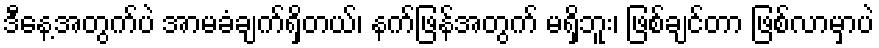
ဒီနေ့အတွက်ပဲ အာမခံချက်ရှိတယ်၊ နက်ဖြန်အတွက် မရှိဘူး၊ ဖြစ်ချင်တာ ဖြစ်လာမှာပဲ